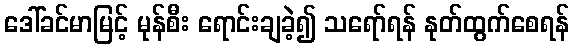
ဒေါ်ခင်မာမြင့် မုန်စီး ရောင်းချခဲ့၍ သရော်ရန် နုတ်ထွက်စေရန်